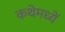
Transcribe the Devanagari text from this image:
कथेमध्यें